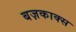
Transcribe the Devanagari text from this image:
बज़काक्स